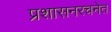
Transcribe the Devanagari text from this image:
प्रशासनरचनेत